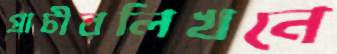
প্রাচীরলিখনে